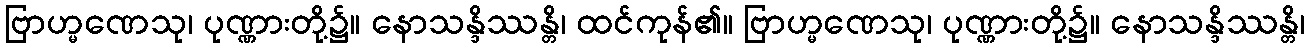
ဗြာဟ္မဏေသု၊ ပုဏ္ဏားတို့၌။ နောသန္ဒိဿန္တိ၊ ထင်ကုန်၏။ ဗြာဟ္မဏေသု၊ ပုဏ္ဏားတို့၌။ နောသန္ဒိဿန္တိ၊